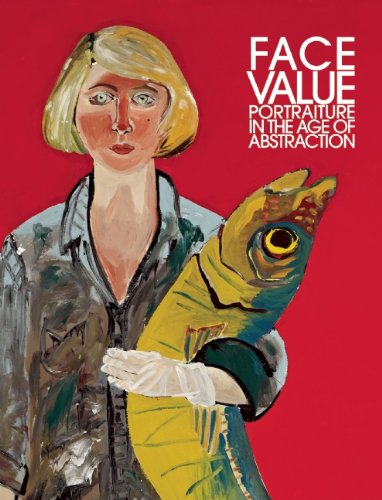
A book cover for Face Value: Portraiture in the Age of Abstraction; Brandon Brame Fortune; Arts & Photography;